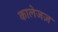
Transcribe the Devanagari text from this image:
कालेजज़